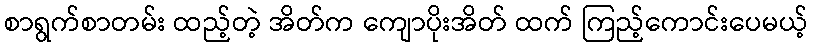
စာရွက်စာတမ်း ထည့်တဲ့ အိတ်က ကျောပိုးအိတ် ထက် ကြည့်ကောင်းပေမယ့်